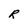
Character: R